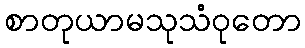
စာတုယာမသုသံဝုတော